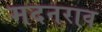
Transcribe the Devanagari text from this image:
मदनराव